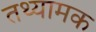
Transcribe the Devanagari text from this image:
तथ्यामक